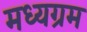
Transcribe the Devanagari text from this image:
मध्यग्रम